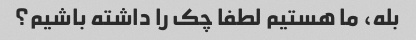
بله، ما هستیم لطفا چک را داشته باشیم؟